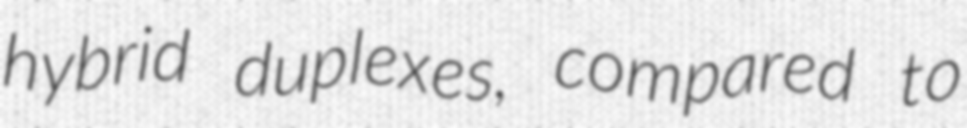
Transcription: hybrid duplexes, compared to